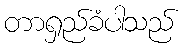
တာရှည်ခံပါသည်